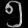
Digit: ၅